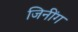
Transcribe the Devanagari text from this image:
जिनींग